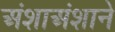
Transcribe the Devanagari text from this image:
अंशाअंशाने